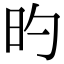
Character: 旳